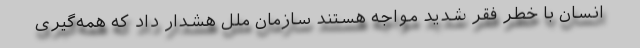
انسان با خطر فقر شدید مواجه هستند سازمان ملل هشدار داد که همه‌گیری